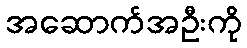
အဆောက်အဦးကို